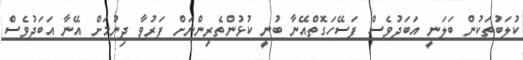
ކުލަބުތަކުން ބަލަނީ އަބަދުވެސް ފަސޭހަގޮތްއޭނާ ބުނީ ކުޅުންތެރިންނަށް ފަރުވާ ދިނުމަށް އޭނާ އަބަދުވެސް